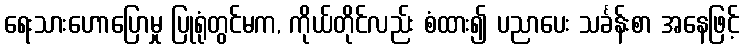
ရေးသားဟောပြောမှု ပြုရုံတွင်မက, ကိုယ်တိုင်လည်း စံထား၍ ပညာပေး သင်္ခန်းစာ အနေဖြင့်